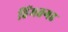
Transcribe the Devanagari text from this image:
हिंमतगड